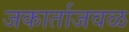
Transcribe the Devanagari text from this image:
जकार्ताजवळ